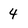
Character: 4